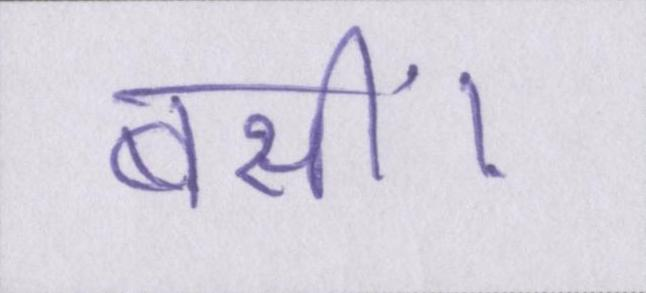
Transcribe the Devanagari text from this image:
बसीं।